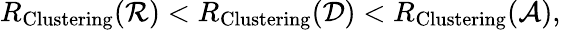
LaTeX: R_{{\mathrm{Clustering}}}({\mathcal{R}})<R_{{\mathrm{Clustering}}}({\mathcal{D}})<R_{{\mathrm{Clustering}}}({\mathcal{A}}),